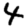
Digit: 4